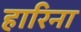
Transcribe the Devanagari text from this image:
हारिना